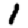
Digit: 1